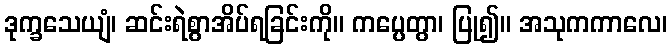
ဒုက္ခသေယျံ၊ ဆင်းရဲစွာအိပ်ရခြင်းကို။ ကပ္ပေတွာ၊ ပြု၍။ အသုကကာလေ၊